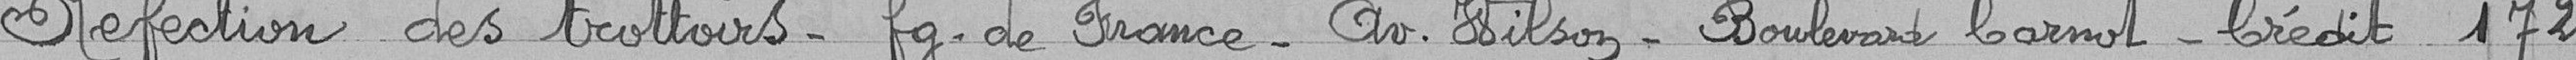
Réfection des trottoirs  - faubourg de France- Avenue Wilson - Boulevard Carnot - Crédit 172